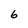
Character: 6